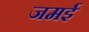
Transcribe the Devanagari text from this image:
जमई